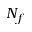
N _ { f }